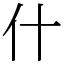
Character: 什